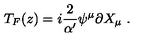
T _ { F } ( z ) = i { \frac { 2 } { \alpha ^ { \prime } } } \psi ^ { \mu } \partial X _ { \mu } \ .